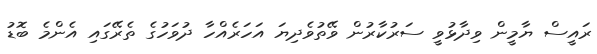
ރައީސް ޔާމީން ވިދާޅުވީ ސަރުކާރުން ވޭތުވެދިޔަ އަހަރެއްހާ ދުވަހުގެ ތެރޭގައި އެންމެ ބޮޑު